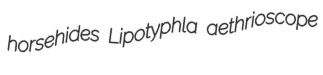
horsehides Lipotyphla aethrioscope